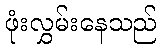
ဖုံးလွှမ်းနေသည်